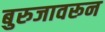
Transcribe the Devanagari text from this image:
बुरुजावरून